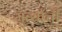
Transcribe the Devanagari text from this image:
मुर्त्यांची